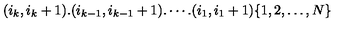
( i _ { k } , i _ { k } + 1 ) . ( i _ { k - 1 } , i _ { k - 1 } + 1 ) . \cdots . ( i _ { 1 } , i _ { 1 } + 1 ) \{ 1 , 2 , \dots , N \}